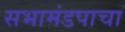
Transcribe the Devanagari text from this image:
सभामंडपाचा